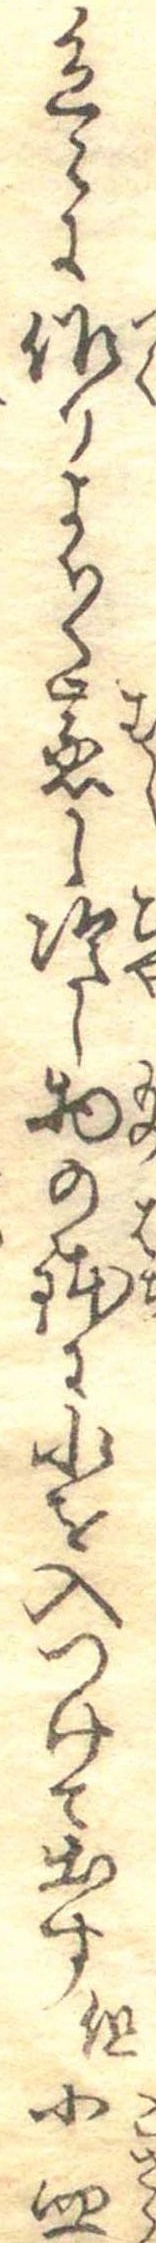
色々に作りよく〱蒸冷し物の鉢に水を入つけて出す但小皿